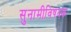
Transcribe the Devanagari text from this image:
सुनामीविषयक